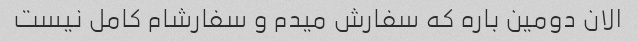
الان دومین باره که سفارش میدم و سفارشام کامل نیست